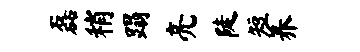
磊稍蹋亮陡短养